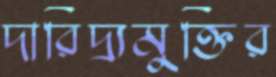
দারিদ্র্যমুক্তির